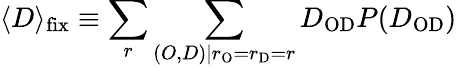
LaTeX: \langle D\rangle_{\mathrm{fix}}\equiv\sum_{r}\sum_{(O,D)|r_{\mathrm{O}}=r_{\mathrm{D}}=r}D_{\mathrm{OD}}P(D_{\mathrm{OD}})